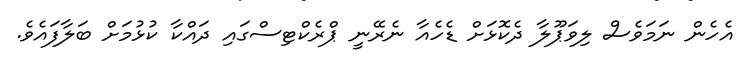
އެހެން ނަމަވެސް ލިވަޕޫލާ ދެކޮޅަށް ޑެހެއާ ނެރޭނީ ޕްރެކްޓިސްގައި ދައްކާ ކުޅުމަށް ބަލާފައެވެ.